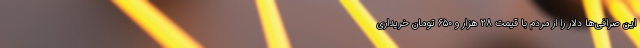
این صرافی‌ها دلار را از مردم با قیمت ۲۸ هزار و ۶۵۰ تومان خریداری